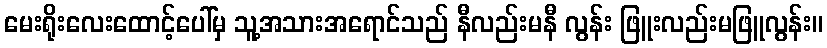
မေးရိုးလေးထောင့်ပေါ်မှ သူ့အသားအရောင်သည် နီလည်းမနီ လွန်း ဖြူးလည်းမဖြူလွန်း။